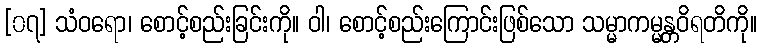
[၀၇] သံဝရော၊ စောင့်စည်းခြင်းကို။ ဝါ၊ စောင့်စည်းကြောင်းဖြစ်သော သမ္မာကမ္မန္တဝိရတိကို။